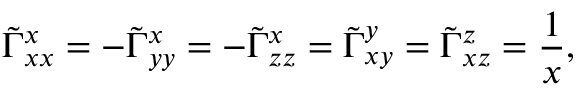
\tilde { \Gamma } _ { x x } ^ { x } = - \tilde { \Gamma } _ { y y } ^ { x } = - \tilde { \Gamma } _ { z z } ^ { x } = \tilde { \Gamma } _ { x y } ^ { y } = \tilde { \Gamma } _ { x z } ^ { z } = \frac { 1 } { x } ,